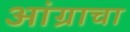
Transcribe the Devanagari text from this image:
आंग्राचा